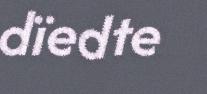
dïedte